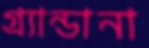
গ্র্যান্ডানা